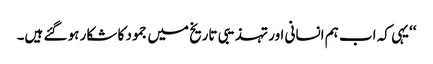
‘‘یہی کہ اب ہم انسانی اور تہذیبی تاریخ میں جمود کا شکار ہو گئے ہیں۔